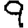
Digit: 9